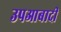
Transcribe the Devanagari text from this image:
उपआबादी